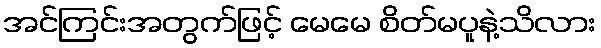
အင်ကြင်းအတွက်ဖြင့် မေမေ စိတ်မပူနဲ့သိလား